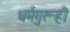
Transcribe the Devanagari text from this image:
धर्मगुरूही